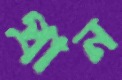
প্রান